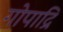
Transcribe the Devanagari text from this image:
गोपाद्रि